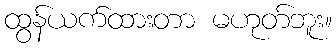
ထွန်ယက်ထားတာ မဟုတ်ဘူး။